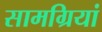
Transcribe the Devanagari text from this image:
सामग्रियां